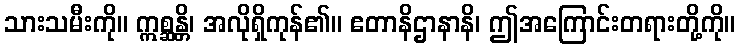
သားသမီးကို။ ဣစ္ဆန္တိ၊ အလိုရှိကုန်၏။ ဧတာနိဌာနာနိ၊ ဤအကြောင်းတရားတို့ကို။